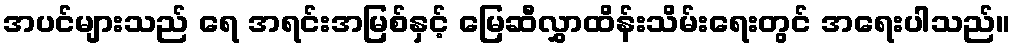
အပင်များသည် ရေ အရင်းအမြစ်နှင့် မြေဆီလွှာထိန်းသိမ်းရေးတွင် အရေးပါသည်။